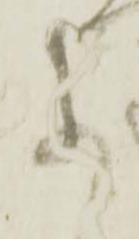
参